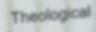
Theological